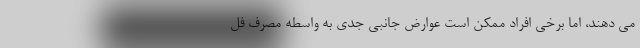
می دهند، اما برخی افراد ممکن است عوارض جانبی جدی به واسطه مصرف فل